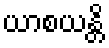
ယာစယန္တိ